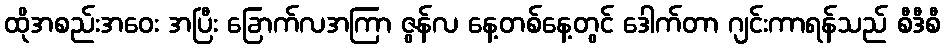
ထိုအစည်းအဝေး အပြီး ခြောက်လအကြာ ဇွန်လ နေ့တစ်နေ့တွင် ဒေါက်တာ ဂျင်းကာရန်သည် စီဒီစီ